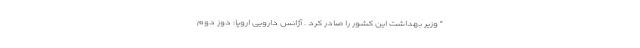
" وزیر بهداشت این کشور را صادر کرد . آژانس دارویی اروپا: دوز دوم